Annual administration report of the Bombay Presidency - 1887-1892
Year: 1887
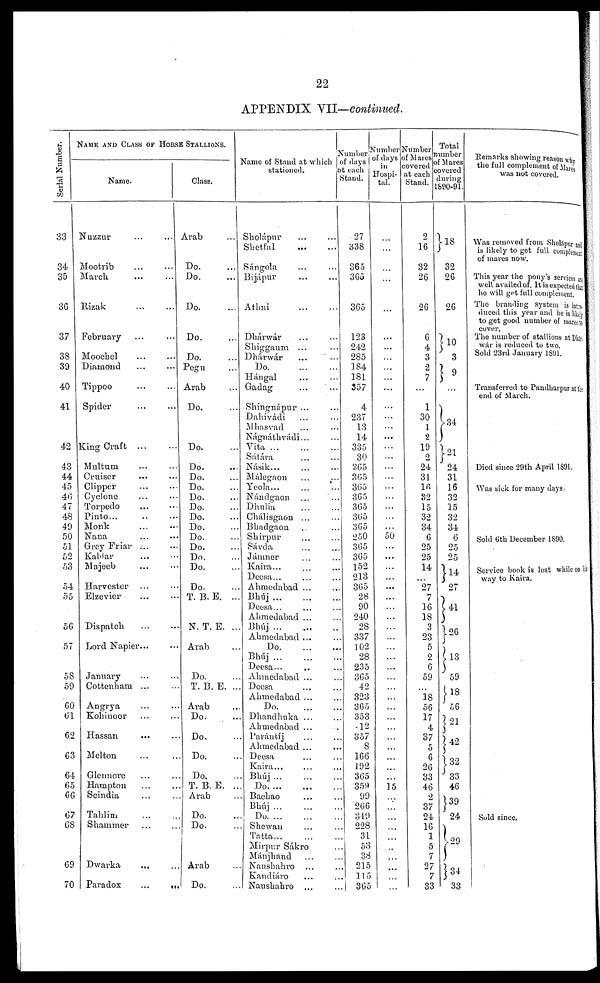
22
APPENDIX VII—continued.
Serial Number.
33
34
35
36
37
38
39
40
41
42
43
44
45
40
47
48
49
50
51
52
53
54
55
56
57
58
59
60
61
62
63
64
65
66
67
68
69
70
NAME AND CLASS OF HORSE STALLIONS.
Name.
Nuzzur ... ...
Mootrib ... ...
March ... ...
Rizak ... ...
February ... ...
Moochel ... ...
Diamond ... ...
Tippoo ... ...
Spider ... ...
King Craft ... ...
Multum ... ...
Cruiser ... ...
Clipper
...
...
Cyclone ... ...
Torpedo ... ...
Pinto
...
...
...
Monk ... ...
Nana ... ...
Grey Friar ... ...
Kaldar ... ...
Majeeb ... ...
Harvester ...
Elzevier ... ...
Dispatch ... ...
Lord Napier... ...
January ... ...
Cottenham ... ...
Angrya
...
...
Kohinoor ... ...
Hassan ... ...
Melton ... ...
Glennore ... ...
Hampton ... ...
Scindia ... ...
Tahlim ... ...
Shammer ... ....
Dwarka ... ...
Paradox
...
...
Class.
Arab ...
Do. ...
Do. ...
Do. ...
Do. ...
Do. ...
Pegu ...
Arab ...
Do. ..
Do. ...
Do. ...
Do. ...
Do. ...
Do. ...
Do. ...
Do. ...
Do. ...
Do. ...
Do. ...
Do. ...
Do. ...
Do. ...
T. B. E. ...
N. T. E. ...
Arab ...
Do. ...
T. B. E. ..
Arab ...
Do. ...
Do. ...
Do. ...
Do. ...
. T. B. E. ..
Arab ...
Do. ...
Do. ...
Arab ...
Do. ...
Name of Stand at which
stationed.
Sholápur ... ...
Shctfal
...
...
Sángola ... ...
Bijápur ... ...
Athni
...
...
Dhárwár ... ...
Shiggaum ... ...
Dhárwár ... ...
Do.
...
...
...
Hángal ... ...
Gadag ... ...
Shingnápur ... ...
Dahivádi ... ...
Mhasvad ... ...
Nágnáthvádi... ...
Vita
...
...
...
Sátára ... ...
Násik... ... ...
Málegaon ... ...
Yeola ... ... ...
Nándgaon ... ...
Dhulia
...
...
Chálisgaon ... ...
Bhadgaon ...
Shirpur ... ...
Sávda ... ...
Jámner ... ...
Kaira... ... ...
Deesa... ... ...
Ahmedabad ... ...
Bhúj
...
...
...
Deesa... ... ...
Ahmedabad ... ... ...
Bhúj
...
...
...
Abmedabad ... ...
Do. ... ... ...
Bhúj
...
...
...
Deesa... ... ...
Ahmedabad ... ...
Deesa ... ...
Ahmedabad
...
...
Do.
...
...
...
Dhandhuka ... ...
Ahmedabad ... ..
Parántíj ... ...
Ahmedabad ... ...
Deesa ... ...
Kaira... ... ...
Bhúj
...
...
...
Do.
...
...
...
Bachao ... ...
Bhúj
...
...
...
Do.
...
...
...
Shewan ... ...
Tatta
...
...
..
Mirpur Sákro ...
Mánjhand ... ...
Naushahro ... ...
Kandiáro ... ..
Naushahro ... ...
Number
of days
at each
Stand.
27
338
365
360
365
123
242
285
184
181
357
4
237
13
14
335
30
365
365
365
365
365
365
365
250
365
365
152
213
365
28
90
240
28
337
102
28
235
365
42
323
365
353
12
357
8
166
192
365
359
99
266
349
228
31
53
38
215
115
365
Number
of days
in
Hospi-
tal.
...
...
...
...
...
...
...
...
...
...
...
...
...
...
...
...
...
...
...
50
...
...
...
...
...
...
...
...
...
...
...
...
...
...
...
...
...
...
...
...
...
...
...
...
15
...
...
...
...
...
...
...
...
...
...
Number
of Mares
overed
at each
Stand.
2
16
32
26
26
6
4
3
2
7
...
1
30
1
2
19
2
24
31
16
32
15
32
34
6
25
25
14
...
27
7
16
18
3
23
5
2
6
59
...
18 56
17
4
37
5
6
26
33
46
2
37
24
16
1
5
7
27
7
33
Total
umber
of Mares
covered
during
1890-91.
18
32
26
26
10
3
9
34
21
24
31
16
32
15
32
34
6
25
25
14
27
41
26
13
59
18
56
21
42
32
33
46
39
24
29
34
33
Remarks showing reason why
the full complement of Mares
was not covered.
Was removed from Sholápur and
is likely to get full complement
of mares now.
This year the pony's services in
well availed of. It is expected that
he will get full complement.
The branding system is into-
duced this year and he is likes
to get good number of mares t o
cover.
The number of stallions at Dhár-
war is reduced to two.
Sold 23rd January 1891.
Transferred to Pandharpur at the
end of March.
Died since 29th April 1891.
Was sick for many days.
Sold 6th December 1890.
Service book is lost while on his
way to Kaira.
Sold since.